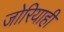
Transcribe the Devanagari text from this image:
जोरियाही